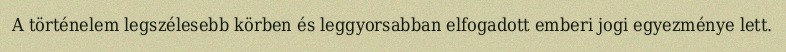
A történelem legszélesebb körben és leggyorsabban elfogadott emberi jogi egyezménye lett.